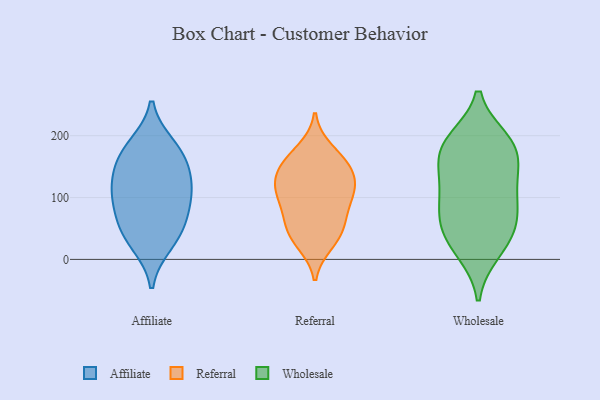
{"axis": {"x": "Gross Profit (USD K)", "y": "Value"}, "legend": ["Affiliate", "Referral", "Wholesale"], "data": [{"x": "", "y": 44, "type": "Affiliate"}, {"x": "", "y": 168, "type": "Affiliate"}, {"x": "", "y": 26, "type": "Affiliate"}, {"x": "", "y": 126, "type": "Affiliate"}, {"x": "", "y": 162, "type": "Affiliate"}, {"x": "", "y": 57, "type": "Affiliate"}, {"x": "", "y": 85, "type": "Affiliate"}, {"x": "", "y": 111, "type": "Affiliate"}, {"x": "", "y": 110, "type": "Affiliate"}, {"x": "", "y": 183, "type": "Affiliate"}, {"x": "", "y": 106, "type": "Referral"}, {"x": "", "y": 149, "type": "Referral"}, {"x": "", "y": 91, "type": "Referral"}, {"x": "", "y": 103, "type": "Referral"}, {"x": "", "y": 177, "type": "Referral"}, {"x": "", "y": 65, "type": "Referral"}, {"x": "", "y": 63, "type": "Referral"}, {"x": "", "y": 123, "type": "Referral"}, {"x": "", "y": 131, "type": "Referral"}, {"x": "", "y": 26, "type": "Referral"}, {"x": "", "y": 160, "type": "Referral"}, {"x": "", "y": 155, "type": "Referral"}, {"x": "", "y": 119, "type": "Referral"}, {"x": "", "y": 34, "type": "Referral"}, {"x": "", "y": 44, "type": "Referral"}, {"x": "", "y": 136, "type": "Wholesale"}, {"x": "", "y": 184, "type": "Wholesale"}, {"x": "", "y": 179, "type": "Wholesale"}, {"x": "", "y": 66, "type": "Wholesale"}, {"x": "", "y": 155, "type": "Wholesale"}, {"x": "", "y": 120, "type": "Wholesale"}, {"x": "", "y": 13, "type": "Wholesale"}, {"x": "", "y": 49, "type": "Wholesale"}, {"x": "", "y": 187, "type": "Wholesale"}, {"x": "", "y": 55, "type": "Wholesale"}, {"x": "", "y": 86, "type": "Wholesale"}, {"x": "", "y": 101, "type": "Wholesale"}, {"x": "", "y": 21, "type": "Wholesale"}, {"x": "", "y": 192, "type": "Wholesale"}]}